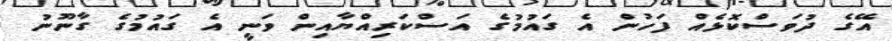
އޭގެ ދުވަސްކޮޅެއް ފަހުން އެ ގައުމުގެ އަސްކަރިއްޔާއިން ވަނީ އެ ގައުމުގެ ގާނޫނު